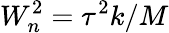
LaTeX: W_{n}^{2}=\tau^{2}k/M